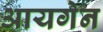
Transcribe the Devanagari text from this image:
आयगेन